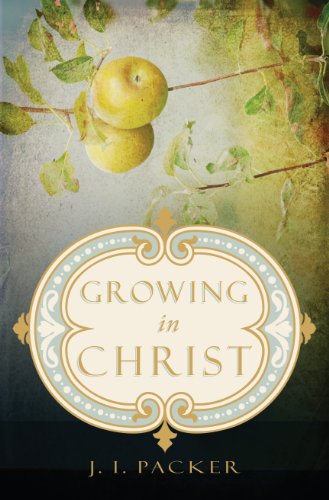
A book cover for Growing in Christ; J. I. Packer; Christian Books & Bibles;